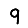
Digit: 9